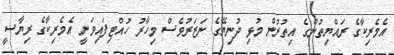
އެމެރިކާގެ ރައްޔިތުންގެ އިތުރުން މުޅި ދުނިޔޭގެ ނަޒަރުވެސް މިހާރު ހުއްޓިފައިވަނީ އެމެރިކާގެ ރިޔާސީ